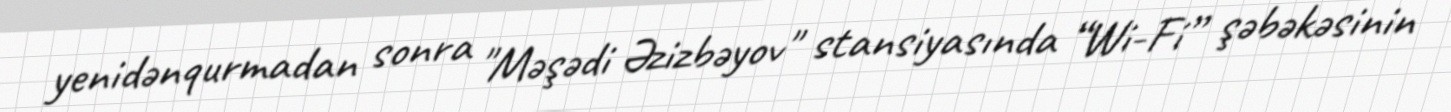
yenidənqurmadan sonra "Məşədi Əzizbəyov" stansiyasında “Wi-Fi” şəbəkəsinin